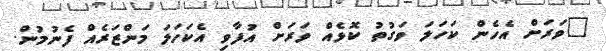
"ވަރަށް އެހެން ކަހަލަ ވަގުތު ކޮޅެއް ވަރަށް އުފާވި އެކަހަލަ މަންޒަރެއް ފެނުމުން.